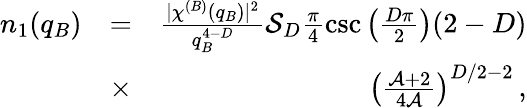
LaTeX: \begin{array}{rlr}{n_{1}(q_{B})}&{=}&{\frac{\lvert\chi^{(B)}(q_{B})\rvert^{2}}{q_{B}^{4-D}}\mathcal{S}_{D}\frac{\pi}{4}\csc\left(\frac{D\pi}{2}\right)(2-D)}\\ &{\times}&{\left(\frac{\mathcal{A}+2}{4\mathcal{A}}\right)^{D/2-2}\, ,}\end{array}